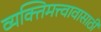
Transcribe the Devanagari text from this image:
व्यक्तिमत्त्वावासाठी